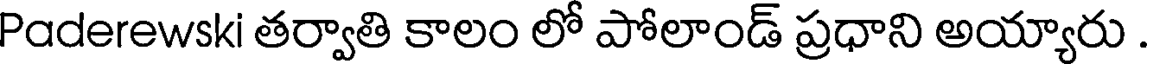
Paderewski తర్వాతి కాలం లో పోలాండ్ ప్రధాని అయ్యారు